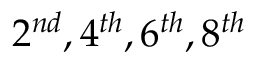
2 ^ { n d } , 4 ^ { t h } , 6 ^ { t h } , 8 ^ { t h }